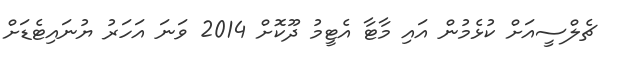
ޗެލްސީއަށް ކުޅެމުން އައި މާޓާ އެޓީމު ދޫކޮށް 2014 ވަނަ އަހަރު ޔުނައިޓެޑަށް